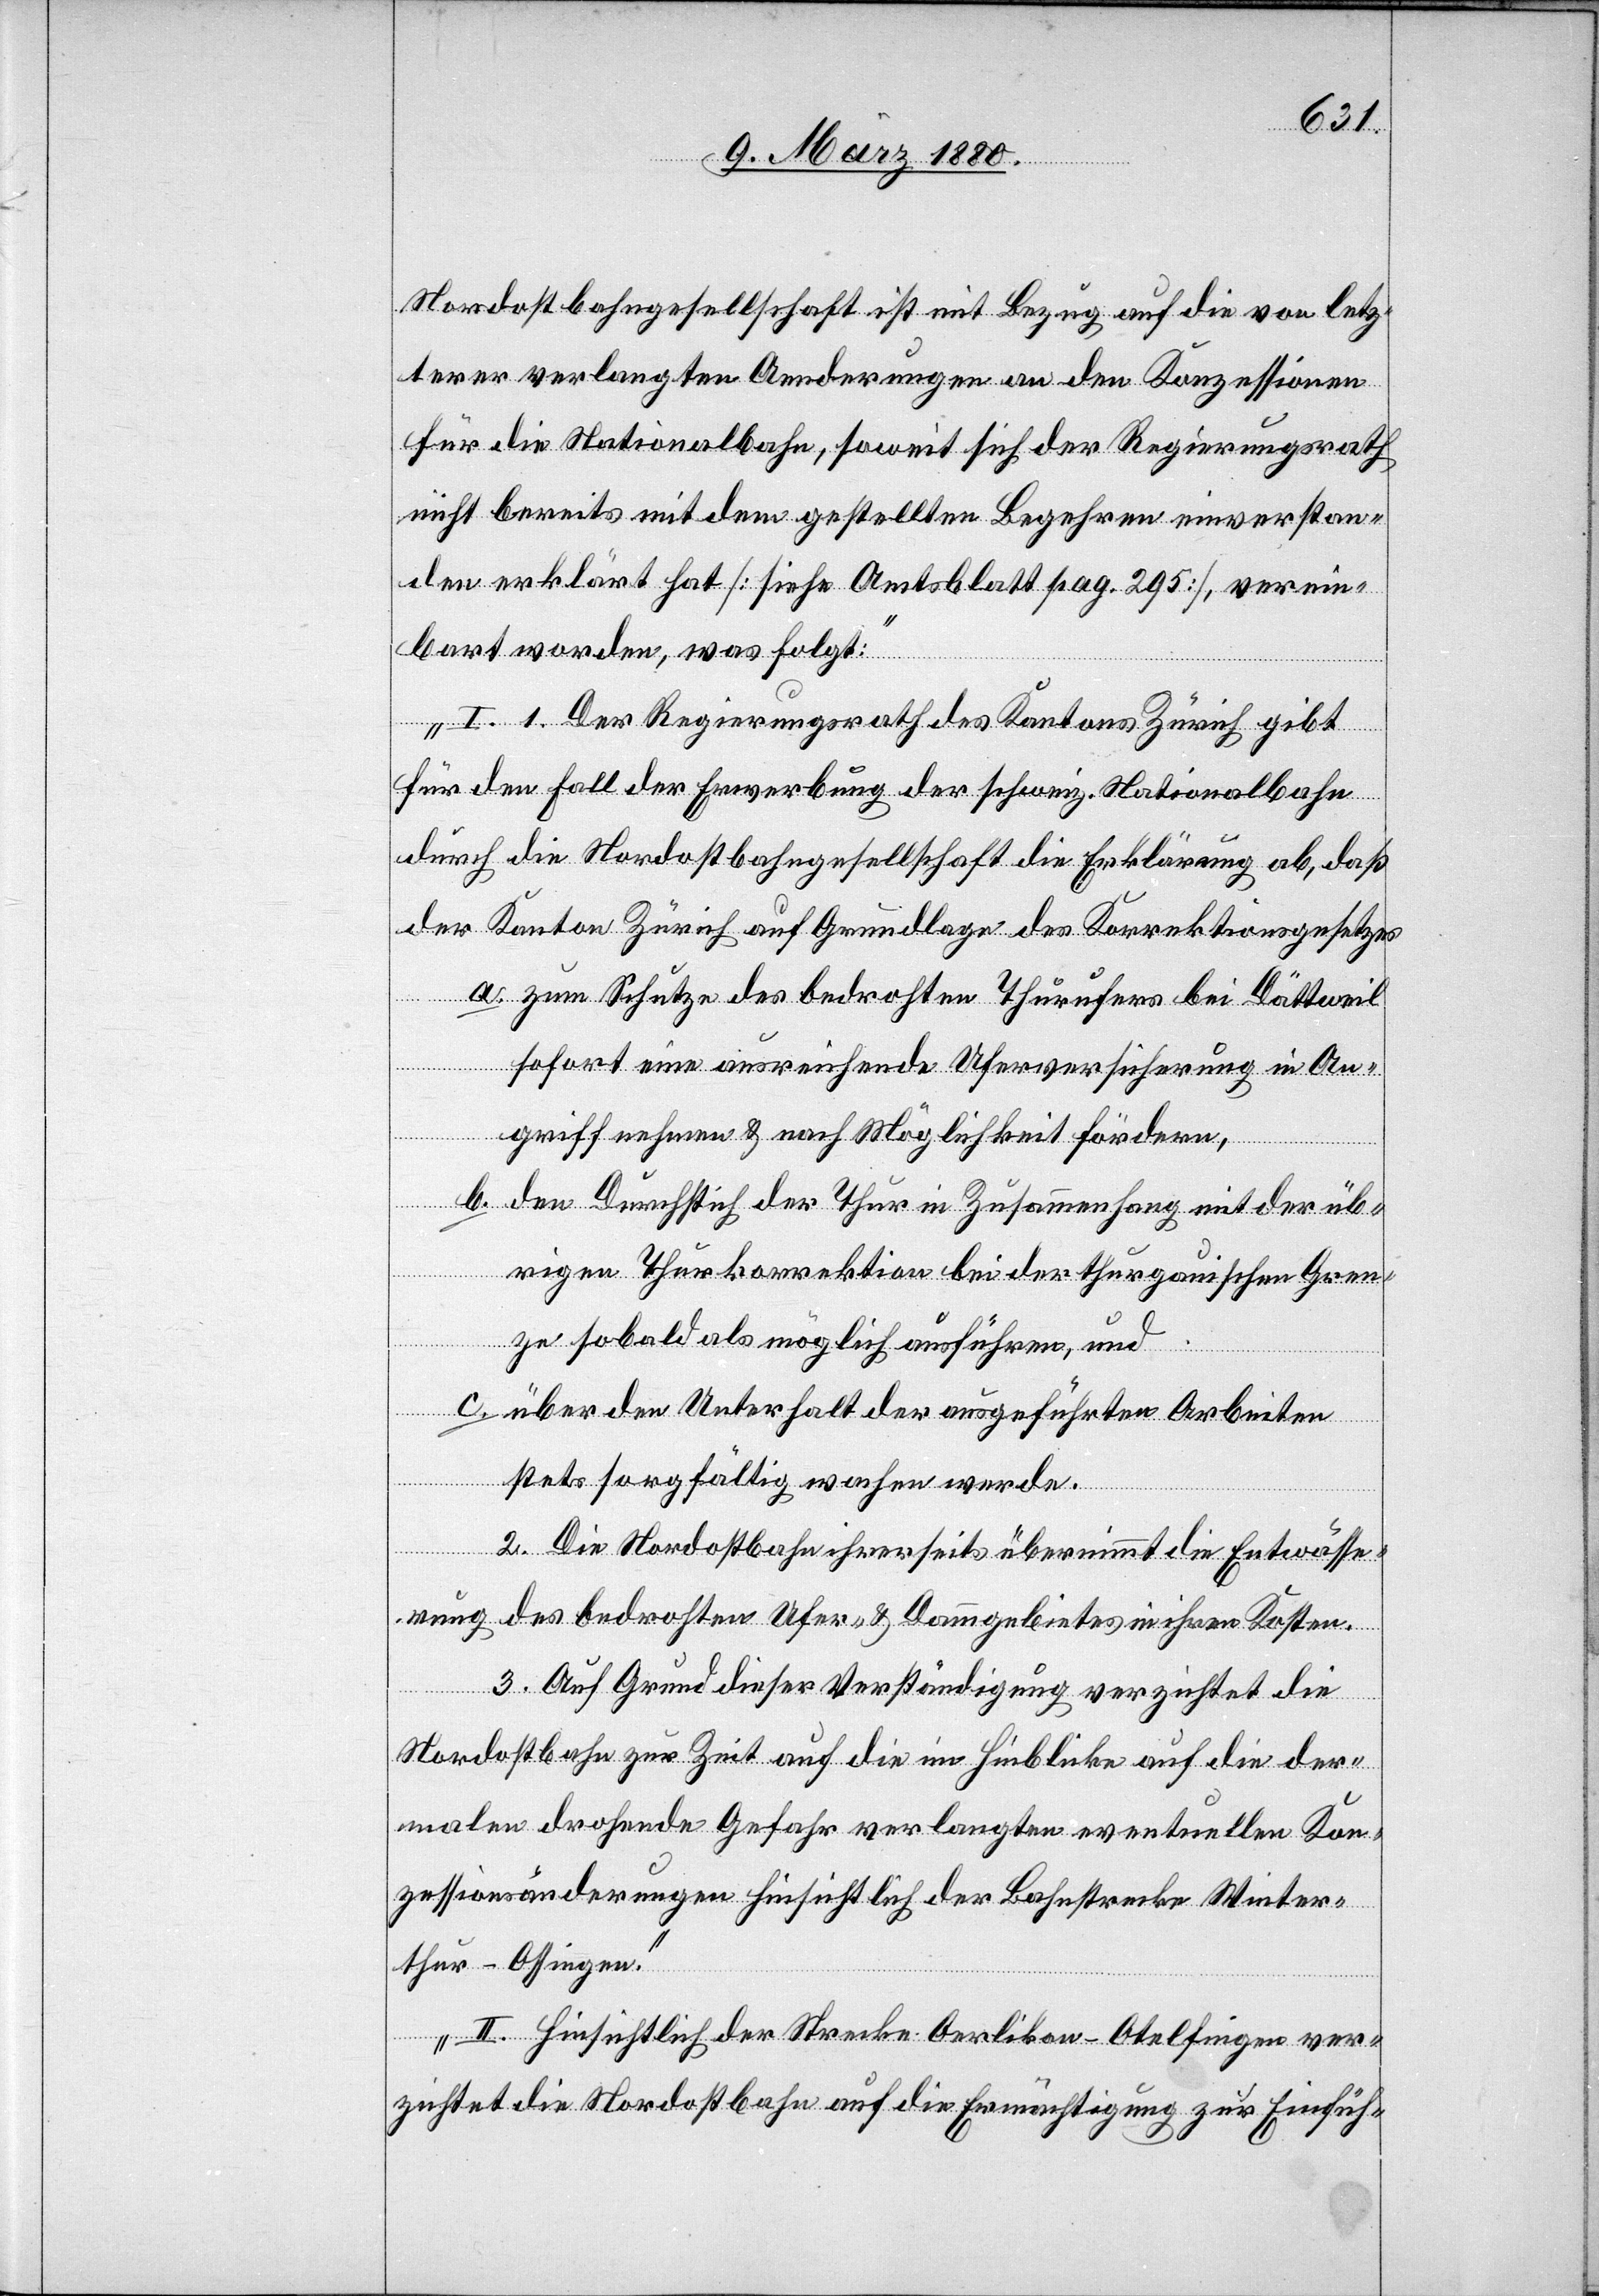
Nordostbahngesellschaft ist mit Bezug auf die von letz¬
terer verlangten Aenderungen an den Konzessionen
für die Nationalbahn, soweit sich der Regierungsrath
nicht bereits mit dem gestellten Begehren einverstan¬
den erklärt hat [siehe Amtsblatt pag. 295], verein¬
bart worden, was folgt:
I. 1. Der Regierungsrath des Kantons Zürich gibt
für den Fall der Erwerbung der schweiz. Nationalbahn
durch die Nordostbahngesellschaft die Erklärung ab, daß
der Kanton Zürich auf Grundlage des Korrektionsgesetzes
zum Schutze des bedrohten Thurufers bei Dättweil
sofort eine ausreichende Uferversicherung i An¬
griff nehmen & nach Möglichkeit fördere,
b.
den Durchstich der Thur in Zusammenhang mit der üb¬
rigen Thurkorrektion bei der thurgauischen Gren¬
ze sobald als möglich ausführen, und
über den Unterhalt der ausgeführten Arbeiten
stets sorgfältig wachen werde.
a.
2. Die Nordostbahn ihrerseits übernimmt die Entwässe¬
rung des bedrohten Ufer- & Dammgebietes in ihren Kosten.
3. Auf Grund dieser Verständigung verzichtet die
Nordostbahn zur Zeit auf die im Hinblicke auf die der¬
malen drohende Gefahr verlangten eventuellen Kon¬
zessionsänderungen hinsichtlich der Bahnstrecke Winter¬
thur-Ossingen.
II. Hinsichtlich der Strecke Oerlikon-Otelfingen ver¬
zichtet die Nordostbahn auf die Ermächtigung zur Einfüh-